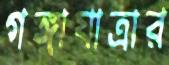
গঙ্গাযাত্রার